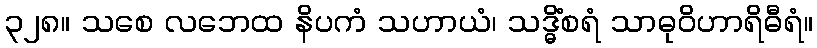
၃၂၈။ သစေ လဘေထ နိပကံ သဟာယံ၊ သဒ္ဓိံစရံ သာဓုဝိဟာရိဓီရံ။